Report of the Indian Hemp Drugs Commission, 1894-1895 - Volume VIII
Year: 1894
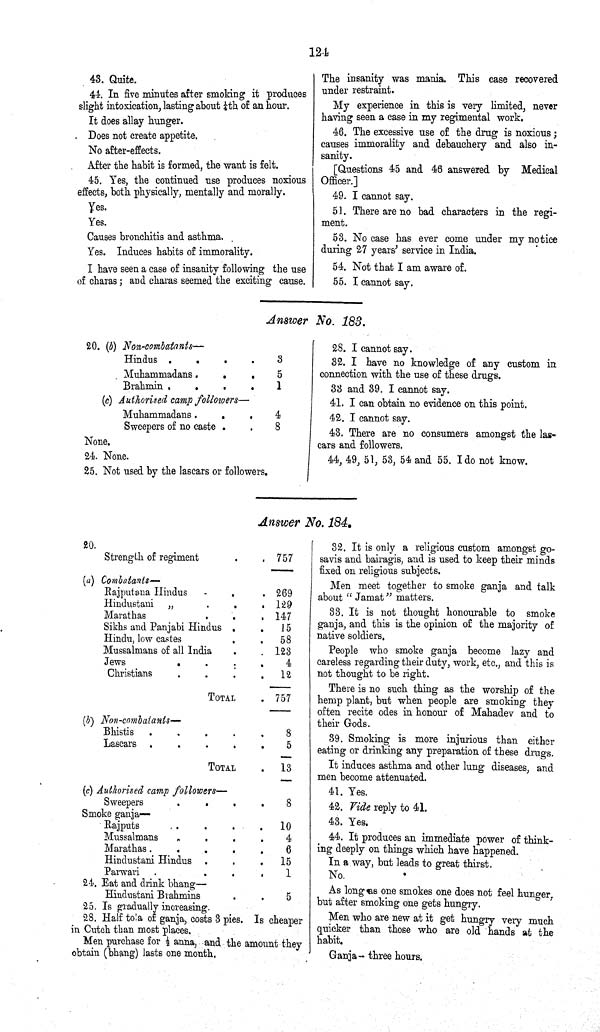
124
43. Quite.
44. In five minutes after smoking it produces
slight intoxication, lasting about 1/4th of an hour.
It does allay hunger.
Does not create appetite.
No after-effects.
After the habit is formed, the want is felt.
45. Yes, the continued use produces noxious
effects, both physically, mentally and morally.
Yes.
Yes.
Causes bronchitis and asthma.
Yes. Induces habits of immorality.
I have seen a case of insanity following the use
of charas; and charas seemed the exciting cause.
The insanity was mania. This case recovered
under restraint.
My experience in this is very limited, never
having seen a case in my regimental work.
46. The excessive use of the drug is noxious;
causes immorality and debauchery and also in¬
sanity.
[Questions 45 and 46 answered by Medical
Officer.]
49. I cannot say.
51. There are no bad characters in the regi¬
ment.
53. No case has ever come under my notice
during 27 years' service in India.
54. Not that I am aware of.
55. I cannot say.
Answer No. 183.
20. (b) Non-combatants—
Hindus
3
Muhammadans
5
Brahmin
1
(c) Authorised camp followers—
Muhammadans
4
Sweepers of no caste
8
None.
24. None.
25. Not used by the lascars or followers.
28. I cannot say.
32. I have no knowledge of any custom in
connection with the use of these drugs.
33 and 39. I cannot say.
41. I can obtain no evidence on this point.
42. I cannot say.
43. There are no consumers amongst the las-
cars and followers.
44, 49, 51, 53, 54 and 55. I do not know.
Answer No. 184.
20.
Strength of regiment
757
(a) Combatants—
Rajputana Hindus
269
Hindustani
"
129
Marathas
147
Sikhs and Panjabi Hindus
15
Hindu, low castes
58
Mussalmans of all India
123
Jews
4
Christians
12
TOTAL
757
(b) Non-combatants—
Bhistis
8
Lascars
5
TOTAL
13
(c) Authorised camp followers—
Sweepers
8
Smoke ganja—
Rajputs
10
Mussalmans
4
Marathas
6
Hindustani Hindus
15
Parwari
1
24 Eat and drink bhang—
Hindustani Brahmins
5
25. Is gradually increasing.
28. Half tola of ganja, costs 3 pies. Is cheaper
in Cutch than most places.
Men purchase for 1/2 anna, and the amount they
obtain (bhang) lasts one month.
32. It is only a religious custom amongst go-
savis and bairagis, and is used to keep their minds
fixed on religious subjects.
Men meet together to smoke ganja and talk
about "Jamat" matters.
33. It is not thought honourable to smoke
ganja, and this is the opinion of the majority of
native soldiers.
People who smoke ganja become lazy and
careless regarding their duty, work, etc., and this is
not thought to be right.
There is no such thing as the worship of the
hemp plant, but when people are smoking they
often recite odes in honour of Mahadev and to
their Gods.
39. Smoking is more injurious than either
eating or drinking any preparation of these drugs.
It induces asthma and other lung diseases, and
men become attenuated.
41. Yes.
42. Vide reply to 41.
43. Yes.
44. It produces an immediate power of think¬
ing deeply on things which have happened.
In a way, but leads to great thirst.
No.
As long as one smokes one does not feel hunger,
but after smoking one gets hungry.
Men who are new at it get hungry very much
quicker than those who are old hands at the
habit.
Ganja -- three hours.